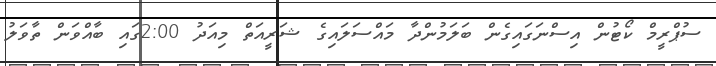
ސުޕްރީމް ކޯޓުން އިސްނަގައިގެން ބަލަމުންދާ މައްސަލައިގެ ޝަރީއަތް މިއަދު 2:00ގައި ބާއްވަން ތާވަލު